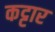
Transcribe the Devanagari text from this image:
कट्टार